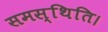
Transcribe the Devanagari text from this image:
समस्थिति।